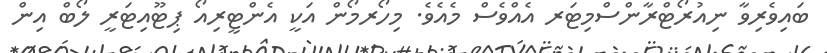
ބައިވެރިވާ ނިއުރޯޓްރާންސްމިޓަރ އެއްވެސް މެއެވެ. މިހޯރމޯން އަކީ އެންޓީރިއޯ ޕިޓޫއިޓަރީ ލޯބް އިން